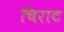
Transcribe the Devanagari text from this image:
चिराट